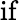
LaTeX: \mathrm{if}